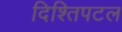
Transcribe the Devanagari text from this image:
दिश्तिपटल